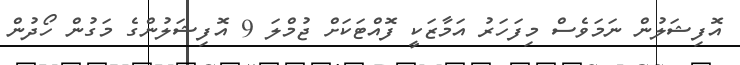
އޮފިޝަލުން ނަމަވެސް މިފަހަރު އަމާޒަކީ ފޮއްޓަކަށް ޖުމްލަ 9 އޮފިޝަލުންގެ މަގުން ހޯދުން